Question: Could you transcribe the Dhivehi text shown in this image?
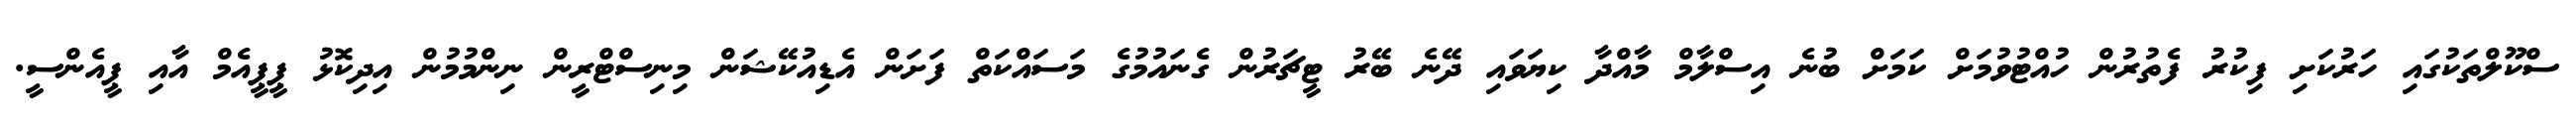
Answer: ސްކޫލްތަކުގައި ހަރުކަށި ފިކުރު ފެތުރުން ހުއްޓުވުމަށް ކަމަށް ބުނެ އިސްލާމް މާއްދާ ކިޔަވައި ދޭނެ ބޭރު ޓީޗަރުން ގެނައުމުގެ މަސައްކަތް ފަށަން އެޑިއުކޭޝަން މިނިސްޓްރީން ނިންމުމުން އިދިކޮޅު ޕީޕީއެމް އާއި ޕީއެންސީ.